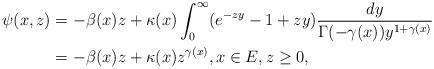
LaTeX: \begin{align*}\psi(x,z) &= - \beta(x) z + \kappa(x) \int_0^\infty (e^{-z y} - 1+ z y) \frac{dy}{\Gamma(- \gamma(x)) y^{1+ \gamma(x)}} \\&= -\beta (x) z + \kappa(x) z^{\gamma(x)},x\in E, z \geq 0,\end{align*}